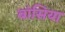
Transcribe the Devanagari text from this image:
बांसिया